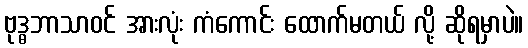
ဗုဒ္ဓဘာသာဝင် အားလုံး ကံကောင်း ထောက်မတယ် လို့ ဆိုရမှာပဲ။